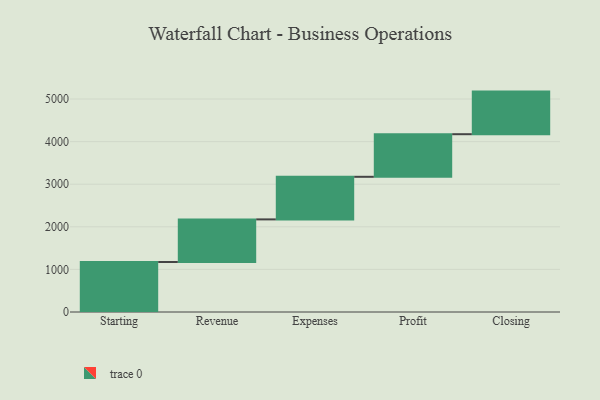
{"axis": {"x": "Step", "y": "Value"}, "legend": [""], "data": [{"x": "Starting", "y": 1174.0, "type": ""}, {"x": "Revenue", "y": 1000, "type": ""}, {"x": "Expenses", "y": 1000, "type": ""}, {"x": "Profit", "y": 1000, "type": ""}, {"x": "Closing", "y": 1000, "type": ""}]}